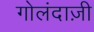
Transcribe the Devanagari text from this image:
गोलंदाज़ी